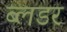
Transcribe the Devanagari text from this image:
ब्लडर